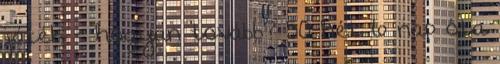
játék - hogyan tovább? 50 hét 6 nap óta